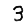
Digit: 3